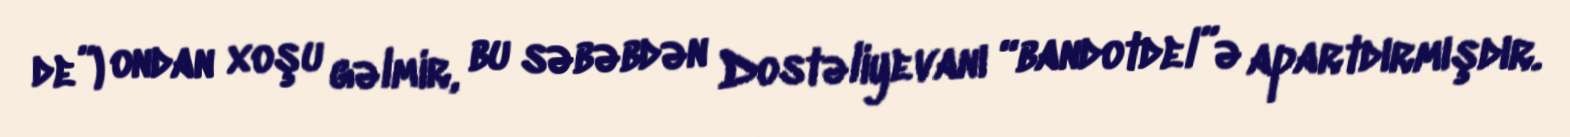
de”) ondan xoşu gəlmir, bu səbəbdən Dostəliyevanı “bandotdel”ə apartdırmışdır.